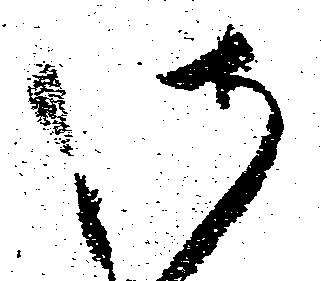
御